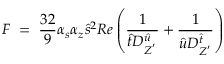
F \; = \; \frac { 3 2 } { 9 } \alpha _ { s } \alpha _ { z } \hat { s } ^ { 2 } R e \left( \frac { 1 } { \hat { t } D _ { Z ^ { ' } } ^ { \hat { u } } } + \frac { 1 } { \hat { u } D _ { Z ^ { ' } } ^ { \hat { t } } } \right)